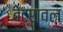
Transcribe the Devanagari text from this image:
बेट्रावल